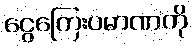
ငွေကြေးပမာဏကို